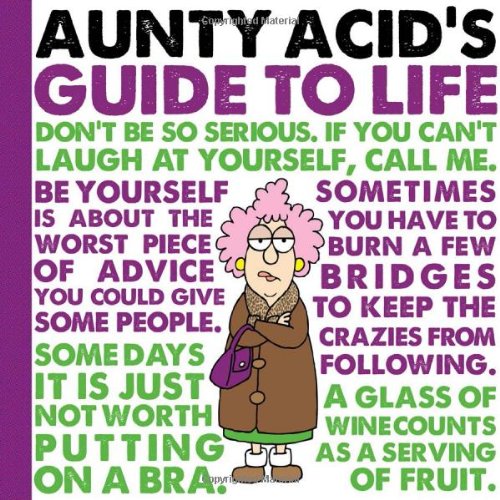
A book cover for Aunty Acid's Guide to Life; Ged Backland; Humor & Entertainment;